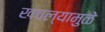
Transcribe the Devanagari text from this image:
खचल्यामुळे